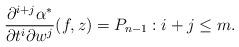
LaTeX: \begin{align*} \frac{\partial^{i+j}\alpha^\ast}{\partial t^i\partial w^j}(f,z)=P_{n-1}:i+j\leq m.\end{align*}